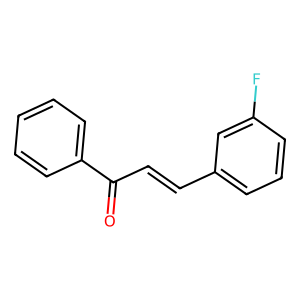
SMILES: O=C(C=Cc1cccc(F)c1)c1ccccc1
Inhibits HIV replication: No